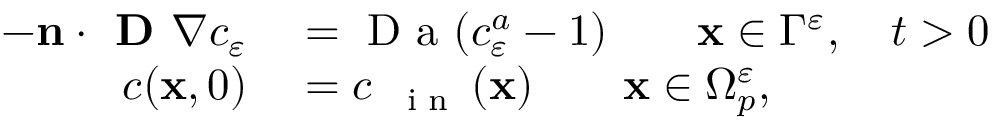
\begin{array} { r l } { - \mathbf n \cdot \textbf { D } \nabla c _ { \varepsilon } } & { { } = \mathrm { ~ D ~ a ~ } ( c _ { \varepsilon } ^ { a } - 1 ) \qquad \mathbf x \in \Gamma ^ { \varepsilon } , \quad t > 0 } \\ { c ( \mathbf x , 0 ) } & { { } = c _ { \mathrm { ~ \tiny ~ { ~ i ~ n ~ } ~ } } ( \mathbf x ) \qquad \mathbf x \in \Omega _ { p } ^ { \varepsilon } , } \end{array}